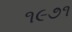
૧૯૭૧